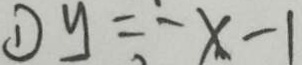
\textcircled { 1 } y = - x - 1